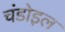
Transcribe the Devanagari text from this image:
चंडोइल